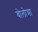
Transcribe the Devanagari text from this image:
बोलोञा